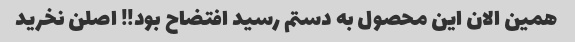
همین الان این محصول به دستم رسید افتضاح بود!! اصلن نخرید